Problem: 3 × 9 = ?
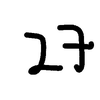
Handwritten answer: 27